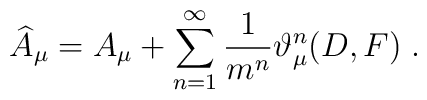
\widehat{A}_\mu =A_\mu +\sum_{n=1}^\infty \frac 1{m^n}\vartheta _\mu^n(D,F)\;.